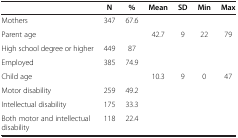
<table><thead><tr><td><b> </b></td><td><b>N</b></td><td><b>%</b></td><td><b>Mean</b></td><td><b>SD</b></td><td><b>Min</b></td><td><b>Max</b></td></tr></thead><tbody><tr><td>Mothers</td><td>347</td><td>67.6</td><td> </td><td> </td><td> </td><td> </td></tr><tr><td>Parent age</td><td> </td><td> </td><td>42.7</td><td>9</td><td>22</td><td>79</td></tr><tr><td>High school degree or higher</td><td>449</td><td>87</td><td> </td><td> </td><td> </td><td> </td></tr><tr><td>Employed</td><td>385</td><td>74.9</td><td> </td><td> </td><td> </td><td> </td></tr><tr><td>Child age</td><td> </td><td> </td><td>10.3</td><td>9</td><td>0</td><td>47</td></tr><tr><td>Motor disability</td><td>259</td><td>49.2</td><td> </td><td> </td><td> </td><td> </td></tr><tr><td>Intellectual disability</td><td>175</td><td>33.3</td><td> </td><td> </td><td> </td><td> </td></tr><tr><td>Both motor and intellectual disability</td><td>118</td><td>22.4</td><td> </td><td> </td><td> </td><td> </td></tr></tbody></table>